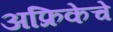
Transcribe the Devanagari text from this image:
अफ्रिकेचे